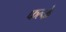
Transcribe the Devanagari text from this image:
फल्के